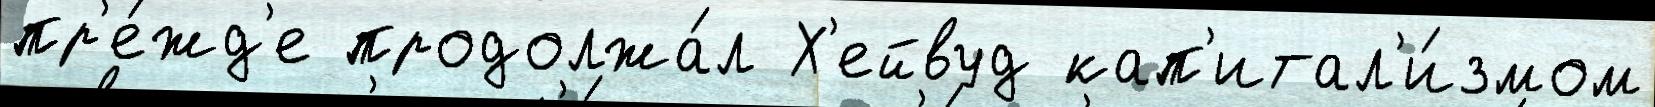
пр'е́жд'е продолжа́л Х'ейвуд кап'итал'и́змом